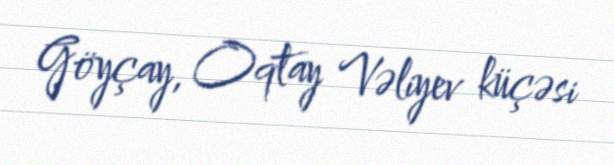
Göyçay, Oqtay Vəliyev küçəsi